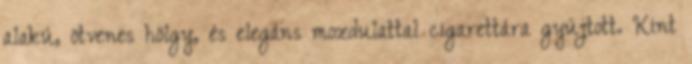
alakú, ötvenes hölgy, és elegáns mozdulattal cigarettára gyújtott. Kint